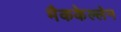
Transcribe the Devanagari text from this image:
मैककेल्लेन